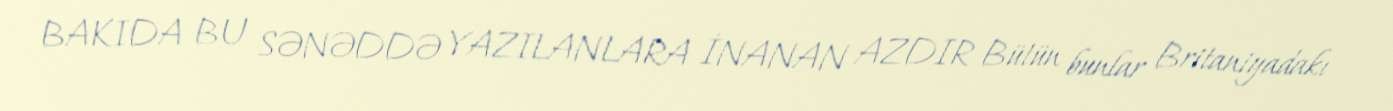
BAKIDA BU SƏNƏDDƏ YAZILANLARA İNANAN AZDIR Bütün bunlar Britaniyadakı